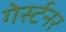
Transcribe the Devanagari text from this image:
गेर्स्टनर